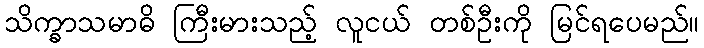
သိက္ခာသမာဓိ ကြီးမားသည့် လူငယ် တစ်ဦးကို မြင်ရပေမည်။